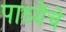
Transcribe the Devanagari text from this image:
पाध्येंचे